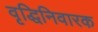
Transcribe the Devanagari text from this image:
वृद्धिनिवारक